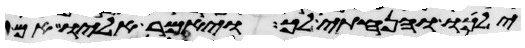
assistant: ילכו והנחתי לך ויאמר אליו אם